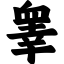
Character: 睾